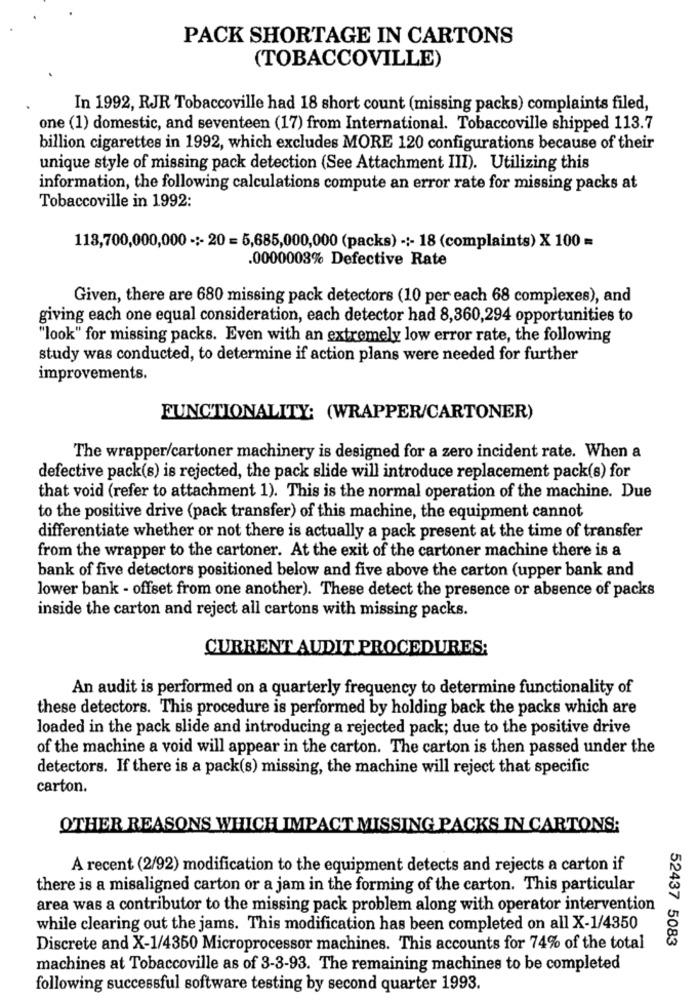
PACK SHORTAGE IN CARTONS
(TOBACCOVILLE)
In 1992, RJR Tobaccoville had 18 short count (missing packs) complaints filed,
one (1) domestic, and seventeen (17) from International. Tobaccoville shipped 113.7
billion cigarettes in 1992, which excludes MORE 120 configurations because of their
unique style of missing pack detection (See Attachment III). Utilizing this
information, the following calculations compute an error rate for missing packs at
Tobaccoville in 1992:
113,700,000,000 -:- 20 = 5,685,000,000 (packs) -:- 18 (complaints) X 100 =
.0000003% Defective Rate
Given, there are 680 missing pack detectors (10 per each 68 complexes), and
giving each one equal consideration, each detector had 8,360,294 opportunities to
"look" for missing packs. Even with an extremely low error rate, the following
study was conducted, to determine if action plans were needed for further
improvements.
FUNCTIONALITY: (WRAPPER/CARTONER)
The wrapper/cartoner machinery is designed for a zero incident rate. When a
defective pack(s) is rejected, the pack slide will introduce replacement pack(s) for
that void (refer to attachment 1). This is the normal operation of the machine. Due
to the positive drive (pack transfer) of this machine, the equipment cannot
differentiate whether or not there is actually a pack present at the time of transfer
from the wrapper to the cartoner. At the exit of the cartoner machine there is a
bank of five detectors positioned below and five above the carton (upper bank and
lower bank - offset from one another). These detect the presence or absence of packs
inside the carton and reject all cartons with missing packs.
CURRENT AUDIT PROCEDURES:
An audit is performed on a quarterly frequency to determine functionality of
these detectors. This procedure is performed by holding back the packs which are
loaded in the pack slide and introducing a rejected pack; due to the positive drive
of the machine a void will appear in the carton. The carton is then passed under the
detectors. If there is a pack(s) missing, the machine will reject that specific
carton.
OTHER REASONS WHICH IMPACT MISSING PACKS IN CARTONS;
A recent (2/92) modification to the equipment detects and rejects a carton if
there is a misaligned carton or a jam in the forming of the carton. This particular
area was a contributor to the missing pack problem along with operator intervention
while clearing out the jams. This modification has been completed on all X-1/4350
52437 5083
Discrete and X-1/4350 Microprocessor machines. This accounts for 74% of the total
machines at Tobaccoville as of 3-3-93. The remaining machines to be completed
following successful software testing by second quarter 1993.